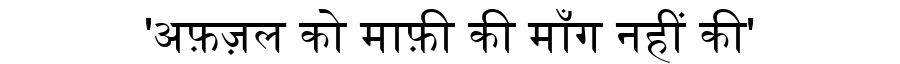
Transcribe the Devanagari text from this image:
'अफ़ज़ल को माफ़ी की माँग नहीं की'